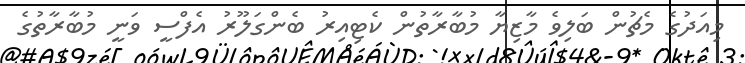
މިއަދުގެ މެޗުން ބަލިވެ މާޒިޔާ މުބާރާތުން ކެޓިއިރު ބެންގަލޫރު އެފްސީ ވަނީ މުބާރާތުގެ